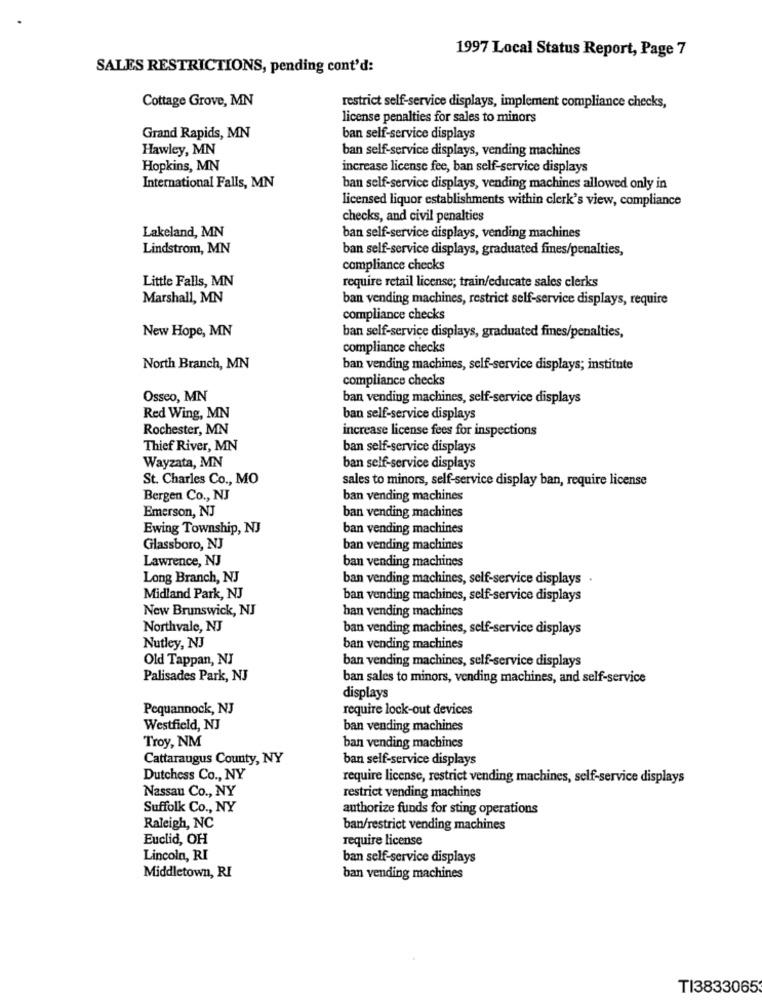
1997 Local Status Report, Page 7
SALES RESTRICTIONS, pending cont'd:
Cottage Grove, MN
restrict self-service displays, implement compliance checks,
license penalties for sales to minors
Grand Rapids, MN
ban self-service displays
Hawley, MN
ban self-service displays, vending machines
Hopkins, MN
increase license fee, ban self-service displays
International Falls, MN
ban self-service displays, vending machines allowed only in
licensed liquor establishments within clerk's view, compliance
checks, and civil penalties
Lakeland, MN
ban self-service displays, vending machines
Lindstrom, MN
ban self-service displays, graduated fines/penalties,
compliance checks
Little Falls, MN
require retail license; train/educate sales clerks
Marshall, MN
ban vending machines, restrict self-service displays, require
compliance checks
New Hope, MN
ban self-service displays, graduated fines/penalties,
compliance checks
North Branch, MN
ban vending machines, self-service displays; institute
compliance checks
Osseo, MN
ban vending machines, self-service displays
Red Wing, MN
ban self-service displays
Rochester, MN
increase license fees for inspections
Thief River, MN
ban self-service displays
Wayzata, MN
ban self-service displays
St. Charles Co ., MO
sales to minors, self-service display ban, require license
Bergen Co ., NJ
ban vending machines
Emerson, NJ
ban vending machines
Ewing Township, NJ
ban vending machines
Glassboro, NJ
ban vending machines
Lawrence, NJ
ban vending machines
Long Branch, NJ
ban vending machines, self-service displays .
Midland Park, NJ
ban vending machines, self-service displays
New Brunswick, NJ
ban vending machines
Northvale, NJ
ban vending machines, self-service displays
Nutley, NJ
ban vending machines
Old Tappan, NJ
ban vending machines, self-service displays
Palisades Park, NJ
ban sales to minors, vending machines, and self-service
displays
Pequannock, NJ
require lock-out devices
Westfield, NJ
ban vending machines
Troy, NM
ban vending machines
Cattaraugus County, NY
ban self-service displays
Dutchess Co ., NY
require license, restrict vending machines, self-service displays
Nassau Co ., NY
restrict vending machines
Suffolk Co ., NY
authorize funds for sting operations
Raleigh, NC
ban/restrict vending machines
Euclid, OH
require license
Lincoln, RI
ban self-service displays
Middletown, RI
ban vending machines
TI3833065